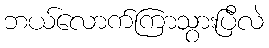
ဘယ်လောက်ကြာသွားပြီလဲ